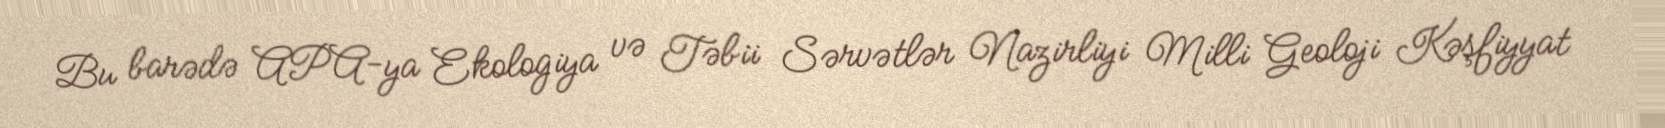
Bu barədə APA-ya Ekologiya və Təbii Sərvətlər Nazirliyi Milli Geoloji Kəşfiyyat